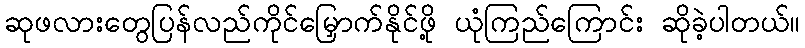
ဆုဖလားတွေပြန်လည်ကိုင်မြှောက်နိုင်ဖို့ ယုံကြည်ကြောင်း ဆိုခဲ့ပါတယ်။